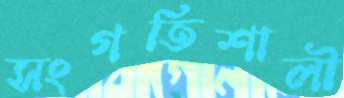
সংগতিশালী